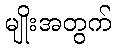
မျိုးအတွက်